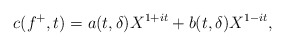
\begin{align*} c(f^{+},t) = a(t, \delta)X^{1+it} + b(t,\delta)X^{1-it}, \end{align*}